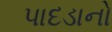
પાદડાનો